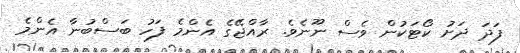
ފަދަ ދަށު ކޯޓަކުން ވެސް ނޫނެވެ. ރާއްޖޭގެ އެންމެ ފަހު ބަސްބުނާ އެންމެ